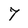
Character: 7